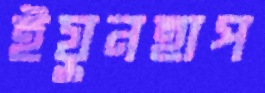
ইয়ুনহাপ